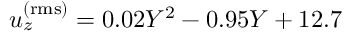
u _ { z } ^ { \mathrm { ( r m s ) } } = 0 . 0 2 Y ^ { 2 } - 0 . 9 5 Y + 1 2 . 7